Leaving Certificate Examination (including Day School Certificate (Higher) General paper), 1937
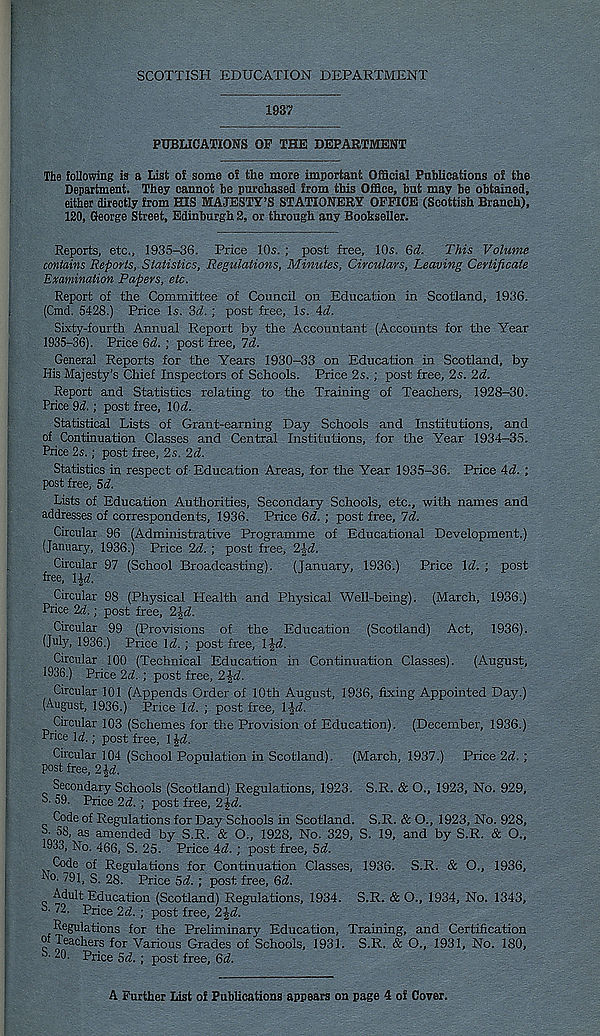
SCOTTISH EDUCATION DEPARTMENT
1937
PUBLICATIONS OP THE DEPARTMENT
The following is a List of some of the more important Official Publications of the
Department. They cannot be purchased from this Office, but may be obtained,
either directly from HIS MAJESTY’S STATIONERY OFFICE (Scottish Branch),
120, George Street, Edinburgh 2, or through any Bookseller.
Reports, etc., 1935-36. Price 10s. ; post free, 10s. 6d. This Volume
contains Reports, Statistics, Regulations, Minutes, Circulars, Leaving Certificate
Examination Papers, etc.
Report of the Committee of Council on Education in Scotland, 1936.
(Cmd. 5428.) Price Is. 3d. ; post free, Is. 4o!.
Sixty-fourth Annual Report by the Accountant (Accounts for the Year
1935-36). Price Qd. ; post free, Id.
General Reports for the Years 1930-33 on Education in Scotland, by
His Majesty's Chief Inspectors of Schools. Price 2s.; post free, 2s. 2d.
Report and Statistics relating to the Training of Teachers, 1928-30.
Price §d.; post free, \0d.
Statistical Lists of Grant-earning Day Schools and Institutions, and
of Continuation Classes and Central Institutions, for the Year 1934-35.
Price 2s.; post free, 2s. 2d.
Statistics in respect of-Education Areas, for the Year 1935-36. Price Ad. ;
post free, Sd.
Lists of Education Authorities, Secondary Schools, etc., with names and
addresses of correspondents, 1936. Price 6d. ; post free, 7d.
Circular 96 (Administrative Programme of Educational Development.)
(January, 1936.) Price 2d. ; post free, 2-gd.
Circular 97 (School Broadcasting). (January, 1936.) Price Id. ; post
free, \$d.
Circular 98 (Physical Health and Physical Well-being). (March, 1936.)
Price 2d.; post free, 2{-d.
Circular 99 (Provisions of the Education (Scotland) Act, 1936).
(July, 1936.) Price Id. ; post free, IJd.
Circular 100 (Technical Education in Continuation Classes). (August,
1936.) Price 2d. ; post free, 2^-d.
Circular 101 (Appends Order of 10th August, 1936, fixing Appointed Day.)
(August, 1936.) Price Id. ; post free, l£d.
Circular 103 (Schemes for the Provision of Education). (December, 1936.)
Price Id.; post free, 1 Jd.
Circular 104 (School Population in Scotland). (March, 1937.) Price 2d. ;
Post free, 2{d.
Secondary Schools (Scotland) Regulations, 1923. S.R. & O., 1923, No. 929,
S- 59. Price 2d. ; post free, 2|d.
Code of Regulations for Day Schools in Scotland. S.R. & O., 1923, No. 928,
S- 58, as amended by S.R. & O., 1928, No. 329, S. 19, and by S.R. & O.,
1933, No. 466, S. 25. Price 4d. ; post free, 5d.
Code of Regulations for Continuation Classes, 1936. S.R. & O., 1936,
Ao. 791, S. 28. Price 5d. ; post free, 6d.
Adult Education (Scotland) Regulations, 1934. S.R. & O., 1934, No. 1343,
S. 72. Price 2d. ; post free, 2%d.
RugHations for the Preliminary Education, Training, and Certification
uf Teachers for Various Grades of Schools, 1931. S.R. & O., 1931, No. 180,
■ 20. Price Sd. ; post free, 6d.
A Further List of Publications appears on page 4 oi Coyer.